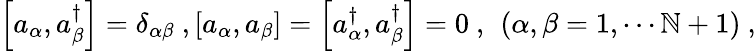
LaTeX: \left[a_{\alpha},a_{\beta}^{\dagger}\right]=\delta_{\alpha\beta}\ ,\left[a_{\alpha},a_{\beta}\right]=\left[a_{\alpha}^{\dagger},a_{\beta}^{\dagger}\right]=0\ ,\ \left(\alpha,\beta=1,\cdots\mathbb{N}+1\right)\ ,